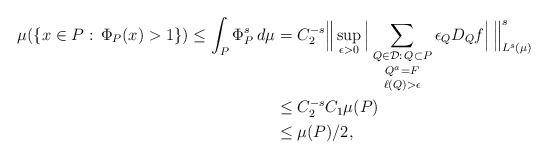
\begin{align*}\mu(\{x \in P: \, \Phi_P(x) > 1\}) \le \int_P \Phi_P^s\,d\mu &= C_2^{-s} \Big\| \sup_{\epsilon > 0} \Big| \mathop{\mathop{\sum_{Q \in \mathcal{D}:\, Q \subset P}}_{Q^a = F}}_{\ell(Q) > \epsilon} \epsilon_Q D_Q f \Big|\, \Big\|_{L^s(\mu)}^s \\&\le C_2^{-s}C_1\mu(P) \\ &\le \mu(P)/2,\end{align*}